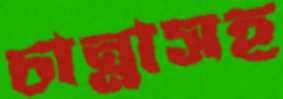
চান্নাসহ